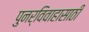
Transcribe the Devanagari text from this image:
पुनर्विवाहासाठी